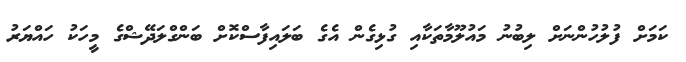
ކަމަށް ފުލުހުންނަށް ލިބުނު މައުލޫމާތަކާއި ގުޅިގެން އެގެ ބަލައިފާސްކޮށް ބަންގްލަދޭޝްގެ މީހަކު ހައްޔަރު